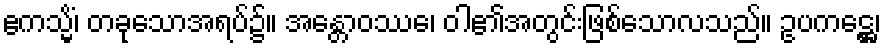
ဧကသ္မိံ၊ တခုသောအရပ်၌။ အန္တောဝဿေ၊ ဝါ၏အတွင်းဖြစ်သောလသည်။ ဥပကဋ္ဌေ၊